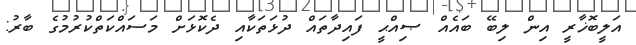
އަލީބޮޚާރީ އިން ލިބޭ ބައެއް ޞިއްޙީ ފައިދާތައް ދުޅަތަކާއި ދެކޮޅަށް މަސައްކަތްކުރުމުގެ ބާރު: